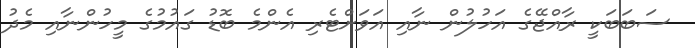
ސަބަބަކީ ރާއްޖޭގެ އަހުލުން ނާއި އަވަށްޓެރި އެންމެ ބޮޑު ގައުުމުގެ މީހުންނާއި މެދު